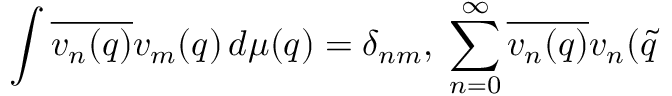
\int \overline { { { v _ { n } ( q ) } } } v _ { m } ( q ) \, d \mu ( q ) = \delta _ { n m } , \; \sum _ { n = 0 } ^ { \infty } \overline { { { v _ { n } ( q ) } } } v _ { n } ( \tilde { q }